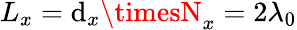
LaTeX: L_{x}=\mathrm{d}_{x}\timesN_{x}=2\lambda_{0}